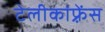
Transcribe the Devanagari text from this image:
टेलीकांफ़्रेंस